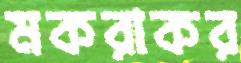
মকরাকর